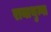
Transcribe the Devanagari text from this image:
रायाथुन्गा